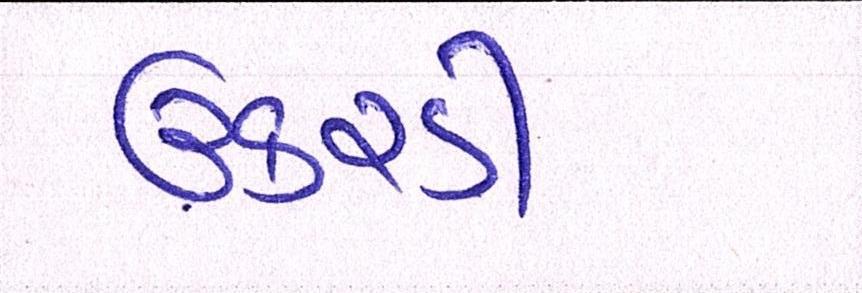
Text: ઉકરડી